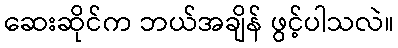
ဆေးဆိုင်က ဘယ်အချိန် ဖွင့်ပါသလဲ။